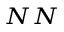
_ { N N }